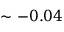
\sim - 0 . 0 4